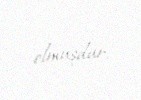
olmuşdur.